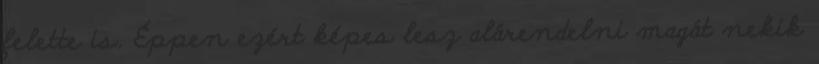
felette is. Éppen ezért képes lesz alárendelni magát nekik